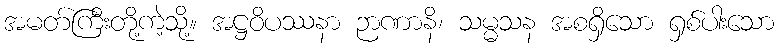
အမတ်ကြီးတို့ကဲ့သို့။ အဋ္ဌဝိပဿနာ ဉာဏာနိ၊ သမ္မသန အစရှိသော ရှစ်ပါးသော